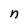
Character: n